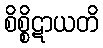
စိစ္စိဋာယတိ